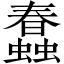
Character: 蠢